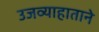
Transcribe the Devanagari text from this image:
उजव्याहाताने